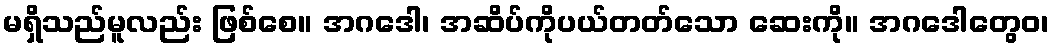
မရှိသည်မူလည်း ဖြစ်စေ။ အဂဒေါ၊ အဆိပ်ကိုပယ်တတ်သော ဆေးကို။ အဂဒေါတွေဝ၊